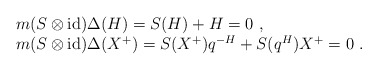
\begin{align*}\begin{array}{rcl}& &m(S\otimes{\rm id})\Delta(H)=S(H)+H=0~,\\& &m(S\otimes{\rm id})\Delta(X^+)=S(X^+)q^{-H}+S(q^H)X^+=0~.\end{array}\end{align*}